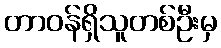
တာဝန်ရှိသူတစ်ဦးမှ